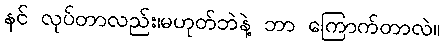
နင် လုပ်တာလည်း၊မဟုတ်ဘဲနဲ့ ဘာ ကြောက်တာလဲ။